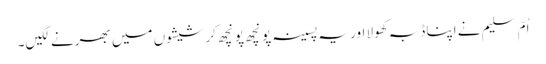
اُمّ سلیم نے اپنا ڈبہ کھولا اور یہ پسینہ پونچھ پونچھ کر شیشوں میں بھرنے لگیں۔